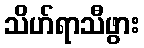
သိဟ်ရာသီဖွား